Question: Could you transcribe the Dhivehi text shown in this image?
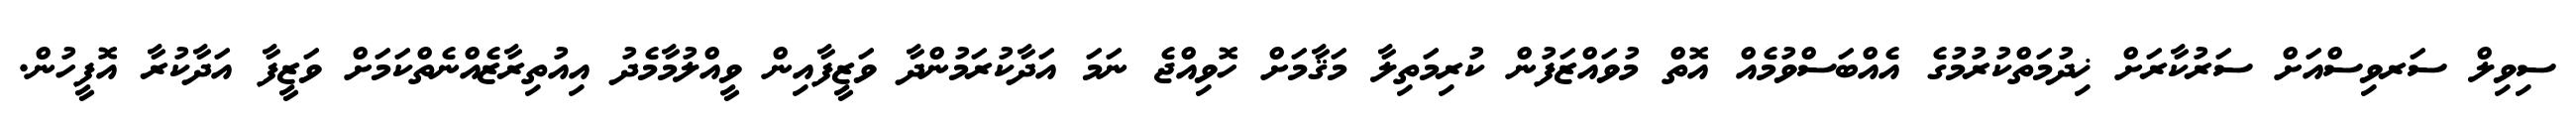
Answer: ސިވިލް ސަރވިސްއަށް ސަރުކާރަށް ޚިދުމަތްކުރުމުގެ އެއްބަސްވުމެއް އޮތް މުވައްޒަފުން ކުރިމަތިލާ މަޤާމަށް ހޮވިއްޖެ ނަމަ އަދާކުރަމުންދާ ވަޒީފާއިން ވީއްލުމާމެދު އިއުތިރާޒެއްނެތްކަމަށް ވަޒީފާ އަދާކުރާ އޮފީހުން.